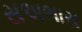
સઅભાસ